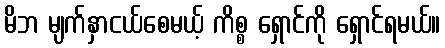
မိဘ မျက်နှာငယ်စေမယ့် ကိစ္စ ရှောင်ကို ရှောင်ရမယ်။